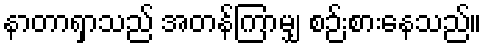
နာတာရှာသည် အတန်ကြာမျှ စဉ်းစားနေသည်။